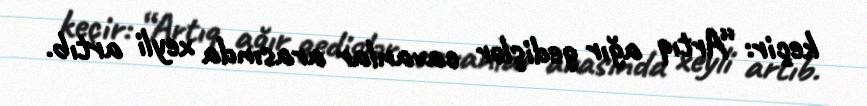
keçir: “Artıq ağır gedişlər cavanlar arasında xeyli artıb.